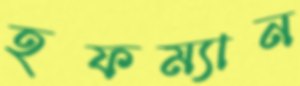
হফম্যান